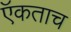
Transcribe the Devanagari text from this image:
ऍकताच